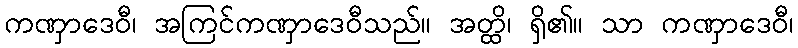
ကဏှာဒေဝီ၊ အကြင်ကဏှာဒေဝီသည်။ အတ္ထိ၊ ရှိ၏။ သာ ကဏှာဒေဝီ၊